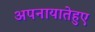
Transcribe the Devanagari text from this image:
अपनायातेहुए